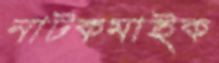
নাটকমাইক